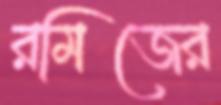
রমিজের